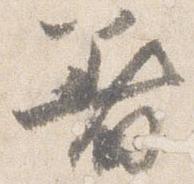
着